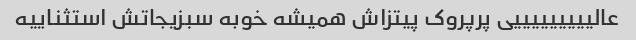
عالیییییییییی پرپروک پیتزاش همیشه خوبه سبزیجاتش استثناییه